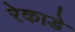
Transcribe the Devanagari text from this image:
रेकाडे